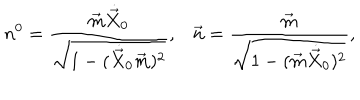
n ^ { 0 } = \frac { \vec { m } \dot { \vec { X } } _ { 0 } } { \sqrt { 1 - ( \dot { \vec { X } } _ { 0 } \vec { m } ) ^ { 2 } } } , \vec { n } = \frac { \vec { m } } { \sqrt { 1 - ( \vec { m } \dot { \vec { X } } _ { 0 } ) ^ { 2 } } } ,